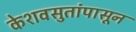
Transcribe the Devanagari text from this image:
केशवसुतांपासून